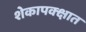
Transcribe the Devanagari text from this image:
शेकापक्क्षात